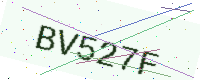
Text: BV527F